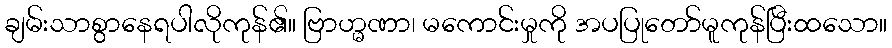
ချမ်းသာစွာနေရပါလိုကုန်၏။ ဗြာဟ္မဏာ၊ မကောင်းမှုကို အပပြုတော်မူကုန်ပြီးထသော။